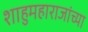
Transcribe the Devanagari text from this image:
शाहुमहाराजांच्या